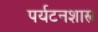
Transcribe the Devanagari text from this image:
पर्यटनशास्त्र